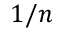
1 / n